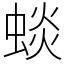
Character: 䗊